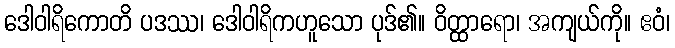
ဒေါဝါရိကောတိ ပဒဿ၊ ဒေါဝါရိကဟူသော ပုဒ်၏။ ဝိတ္ထာရော၊ အကျယ်ကို။ ဧဝံ၊